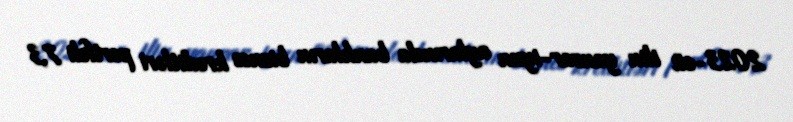
2023-cü ilin yanvar-iyun aylarında bankların biznes kreditləri portfeli 7,3